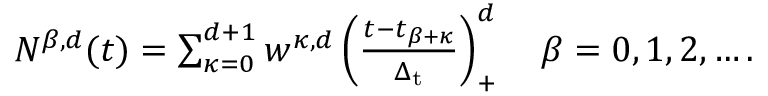
\begin{array} { r } { N ^ { \beta , d } ( t ) = \sum _ { \kappa = 0 } ^ { d + 1 } w ^ { \kappa , d } \left( \frac { t - t _ { \beta + \kappa } } { \Delta _ { \mathrm { t } } } \right) _ { + } ^ { d } \quad \beta = 0 , 1 , 2 , \ldots . } \end{array}